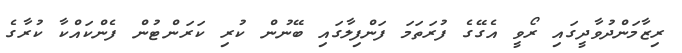
ރިޒާމަންދުވާދީގައި ރޯވީ އެގޭގެ ފުރަތަމަ ފަންފިލާގައި ބޭނުން ކުރި ކަރަންޓުން ފެންކައްކާ ކުރާގެ